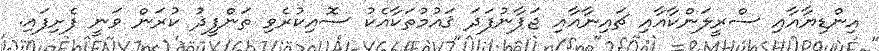
އިންޑިޔާއާއި ސްރީލަންކާއާއި ޗައިނާއާއި ޖަޕާނުފަދަ ޤައުމުތަކާއެކު ސޮއިކުރެވި ތަންފީޛު ކުރަން ވަނީ ފެށިފައި.